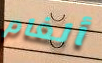
ألغام